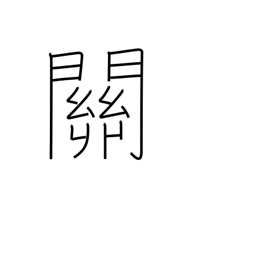
Meaning: gateway